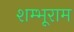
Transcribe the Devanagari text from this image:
शम्भूराम